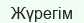
Жүрегім